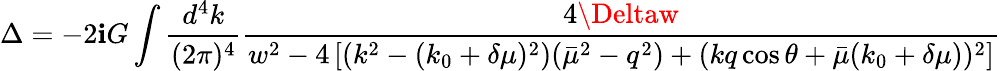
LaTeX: \Delta=-2\mathbf{i}G\int\frac{{d^{4}k}}{{(2\pi)^{4}}}\frac{{4\Deltaw}}{{w^{2}-4\left[(k^{2}-(k_{0}+\delta\mu)^{2})(\bar{{\mu}}^{2}-q^{2})+(kq\cos\theta+\bar{{\mu}}(k_{0}+\delta\mu))^{2}\right]}}